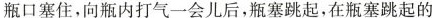
瓶口塞住，向瓶内打气一会儿后，瓶塞跳起，在瓶塞跳起的